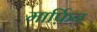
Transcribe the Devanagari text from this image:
मार्फ़िन